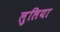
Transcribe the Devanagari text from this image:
लुलिया